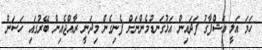
ހަމަ އަލީ އަޝްފާގު ފަދައިން އަޅުގަނޑުމެންނަށް ފެނިގެން މިދަނީ ރާއްޖެއިން ބޭރުގައި ހަސަން